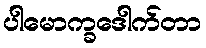
ပါမောက္ခဒေါက်တာ